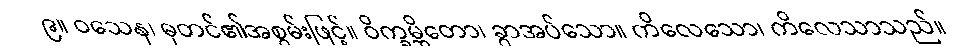
၉။ ဝသေန၊ ဓုတင်၏အစွမ်းဖြင့်။ ဝိက္ခမ္ဘိတော၊ ခွာအပ်သော။ ကိလေသော၊ ကိလေသာသည်။